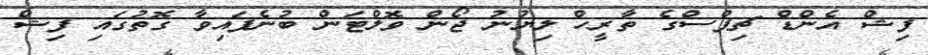
ފިޝް އެންޑް ޗިޕްސްގެ ތާރީހް ލިޔުނު ޖޯން ވޮލްޓަން ބުނެފައިވާ ގޮތުގައި ފިޝް